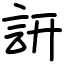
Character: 訮